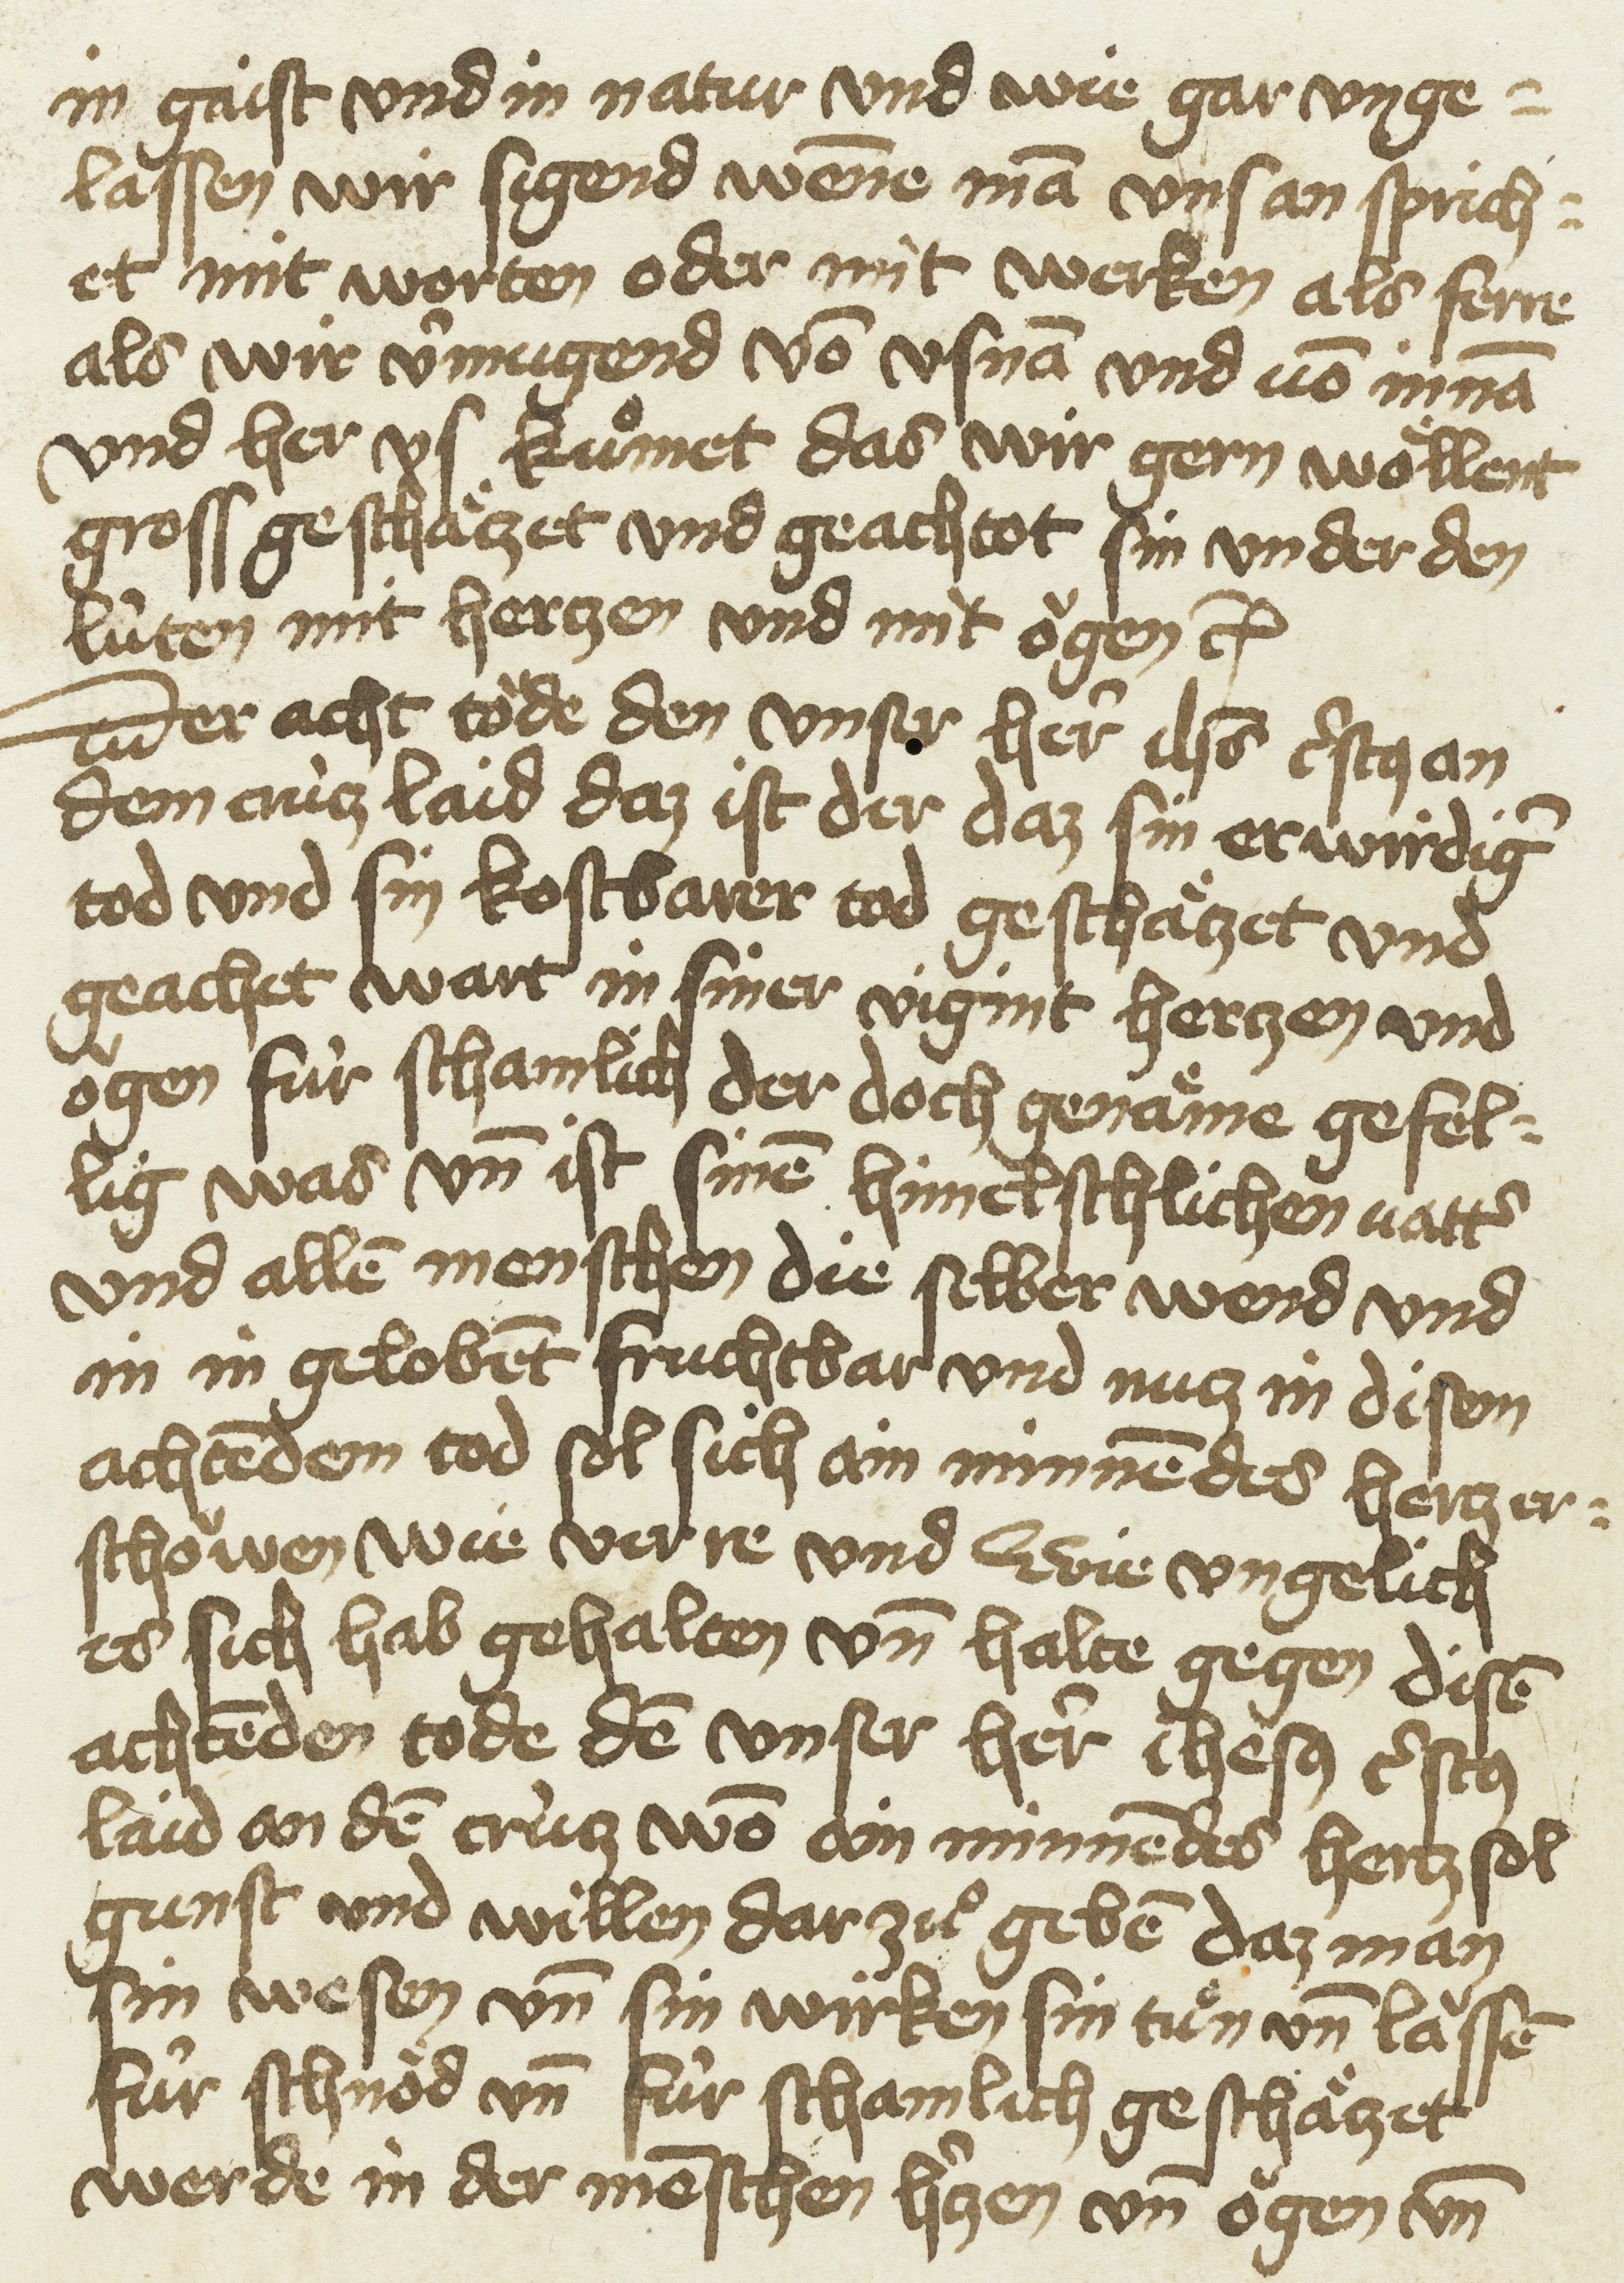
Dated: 1433–1499